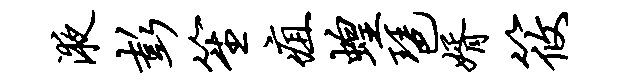
液彭笙疽蝗琶婿筱